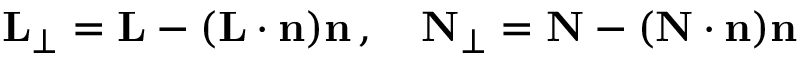
\mathbf { L } _ { \perp } = \mathbf { L } - ( \mathbf { L } \cdot \mathbf { n } ) \mathbf { n } \, , \quad \mathbf { N } _ { \perp } = \mathbf { N } - ( \mathbf { N } \cdot \mathbf { n } ) \mathbf { n }